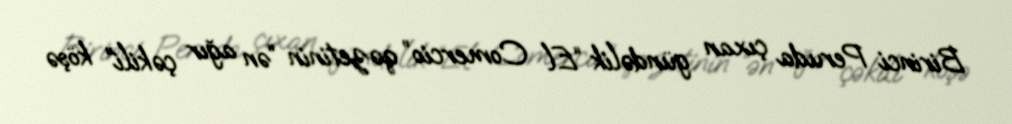
Birinci Peruda çıxan gündəlik “El Comercio” qəzetinin “ən ağır çəkili” köşə